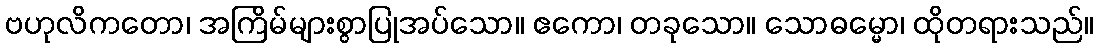
ဗဟုလိကတော၊ အကြိမ်များစွာပြုအပ်သော။ ဧကော၊ တခုသော။ သောဓမ္မော၊ ထိုတရားသည်။